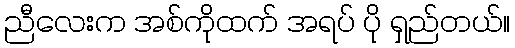
ညီလေးက အစ်ကိုထက် အရပ် ပို ရှည်တယ်။